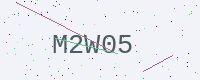
Text: M2W05